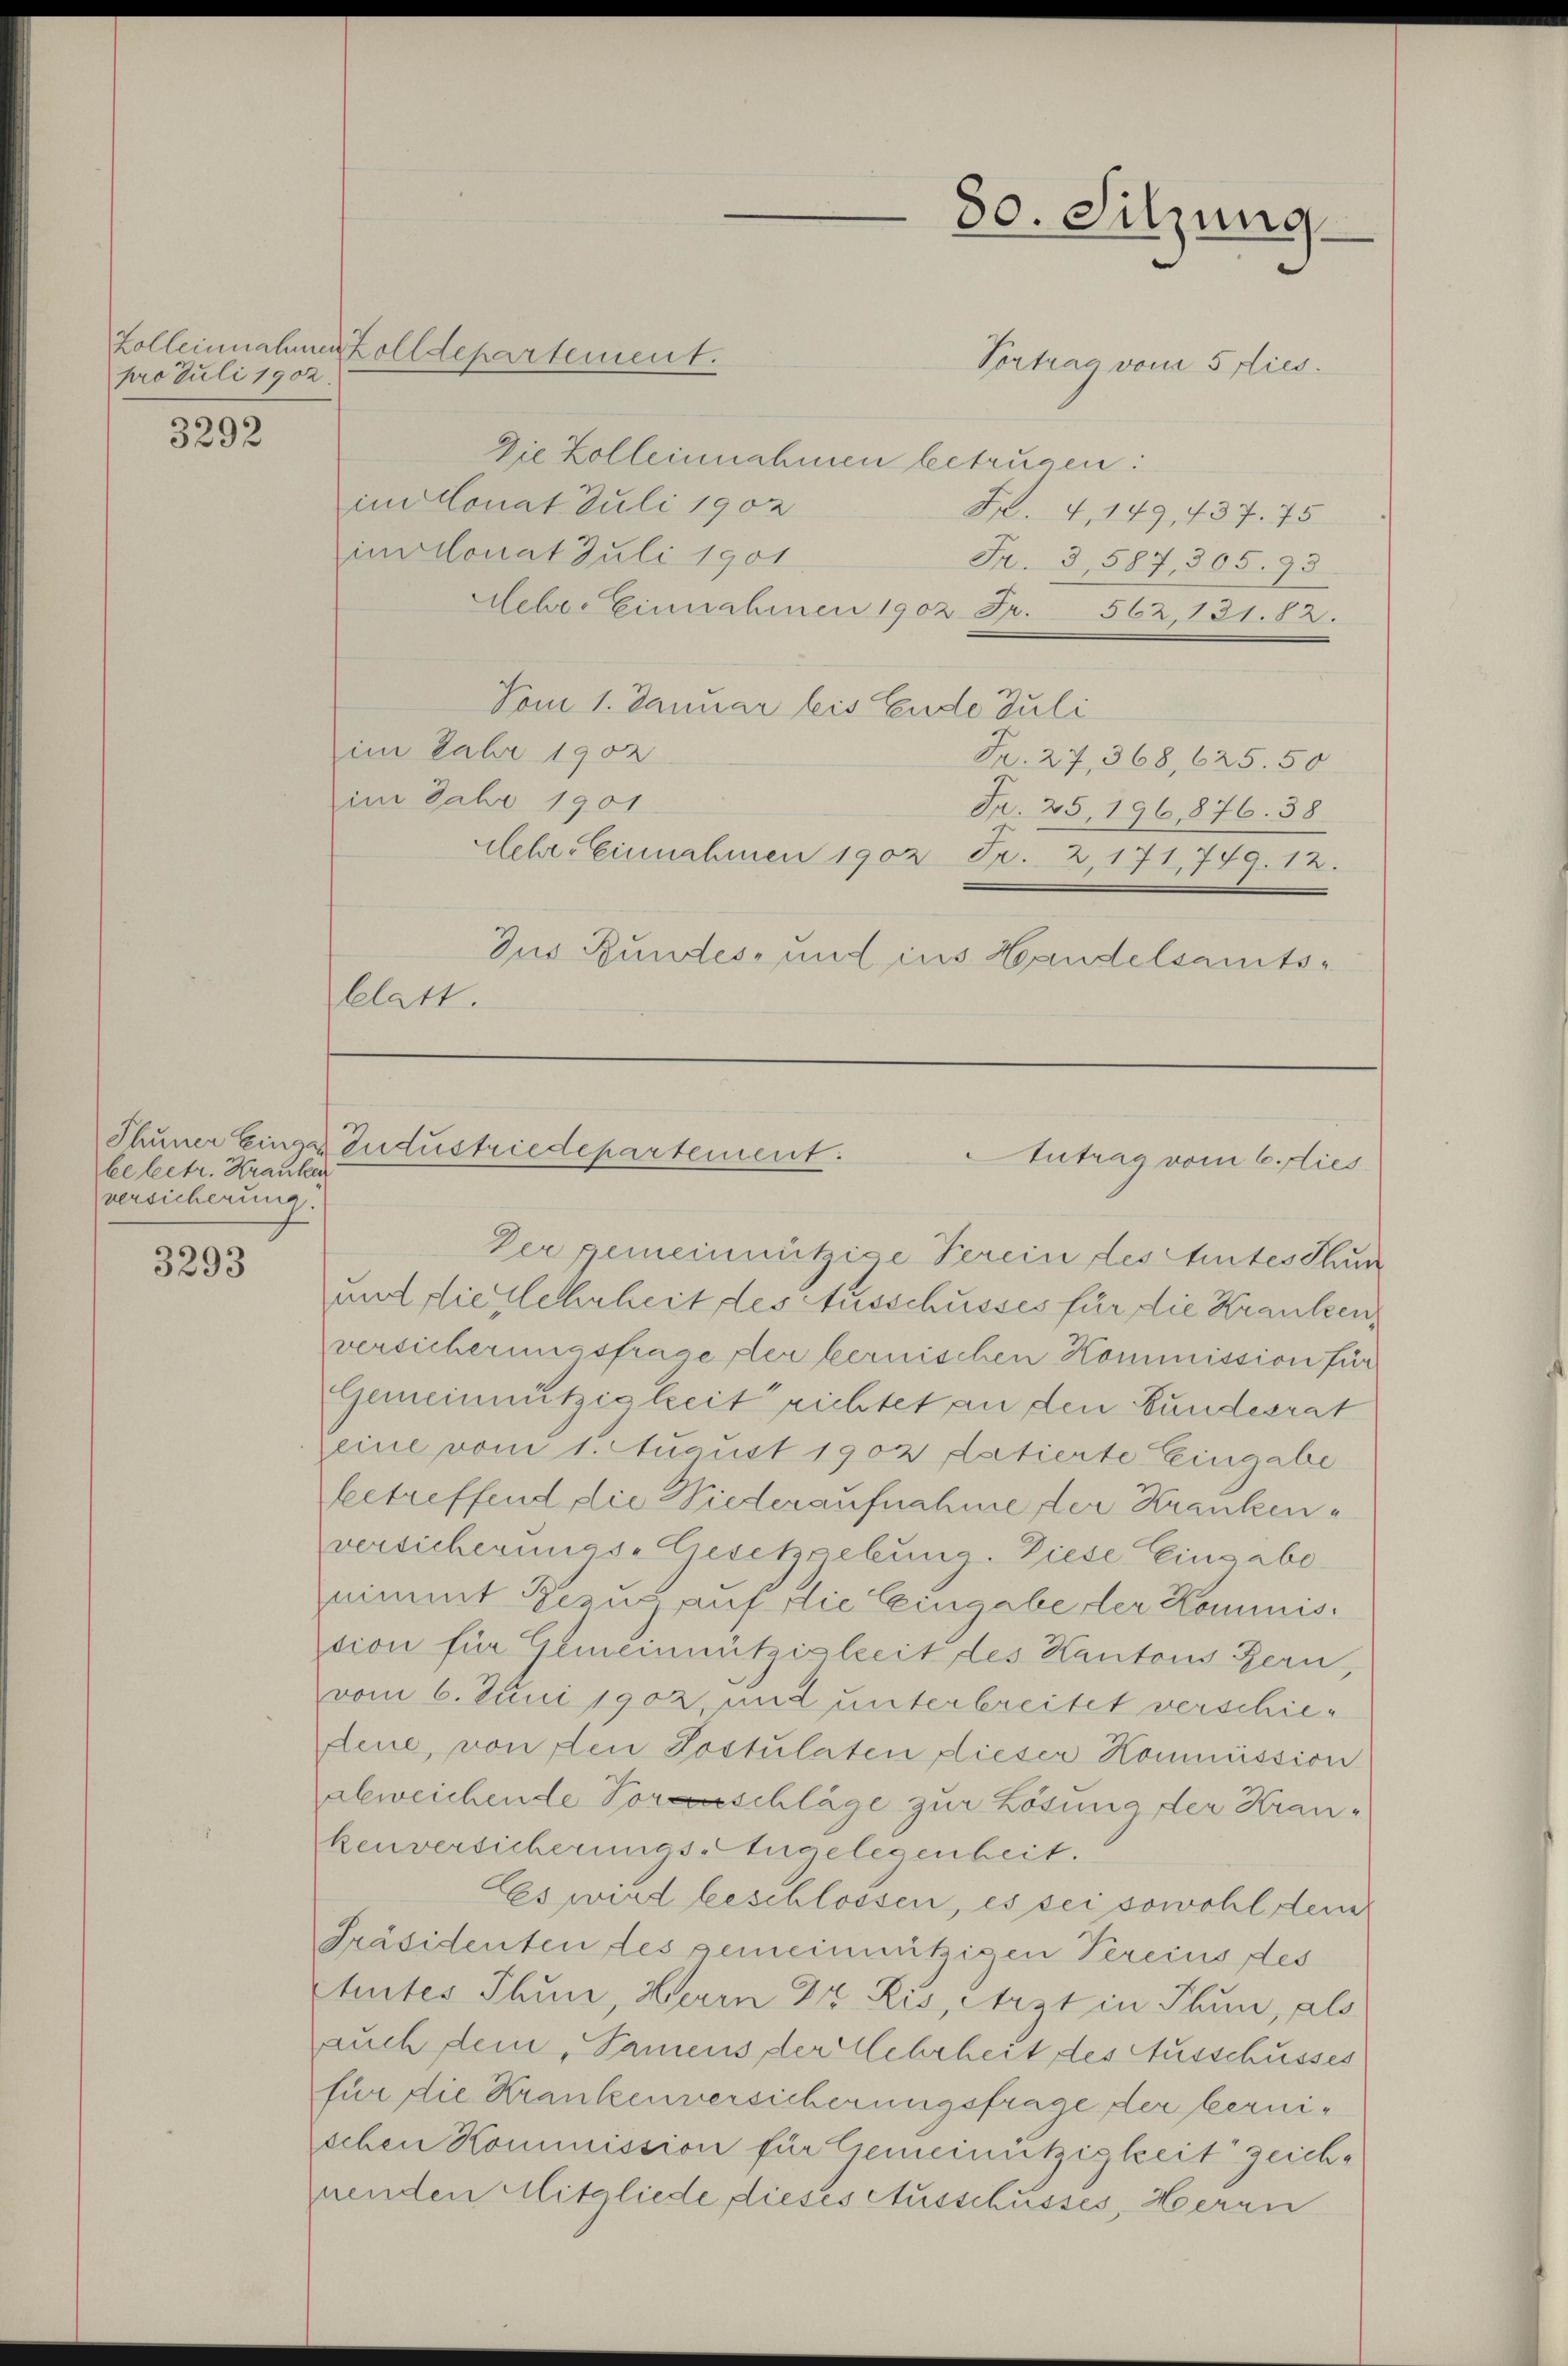
pro Juli 1902.

3292

be betr. Kranken
versicherung.

3293

Zolleinnahmen alldepartement.
Vortrag vom 5 dies
Die Zolleinnahmen betrügen:
im donat Juli 1902
Fr. 4, 149, 437. 75
imonat Juli 1901
Fr. 3, 587, 305. 93.
Ueber Einnahmen 1902 Fr. 562 131. 82.
Vom 1. Januar bis Ende Juli
im Jahr 1902
Fr. 27, 368, 625. 50
im Jahr 1901
Fr. 25, 196876. 38
Lehre Einnahmen 1902 Fr. 2, 171, 749. 12.
Zus Bundes, und ins Handelsamts¬
Clatt.

80. Sitzung

Thuner Einge anzustriedepartement.
Antrag vom 6. dies

Der gemeinnützige Verein des Antes thun
und die Mehrheit des Ausschusses für die Kranken
versicherungsfrage der bernischen Kommission für
Gemeinnützigkeit richtet an den Bundesrat
eine vom 1. August 1902 datierte Eingabe
betreffend die Wiederaufnahme der Kranken
versicherungs-Gesetzgebung. Diese Eingabenimmt Bezug auf die Eingabe der Kommission für Gemeinnützigkeit des Kantons Bern,
vom 6. Juni 1902 und unterbreitet verschiefene, von den Postulaten dieser Kommission
abweichende Vorschläge zur Lösung der Krankenversicherungs-Angelegenheit.
Es wird beschlossen, es sei sowohl dem
Präsidenten des gemeinnützigen Percius des
tetes Thun, Herrn Dr. Ris, Arzt in Thun, als
auch dein Samens der Mehrheit des Ausschusses
für die Krankenversicherungsfrage der bernischen Kommission für Gemeinützigkeit zeichnenden Mitgliede dieses Ausschusses, Herrn